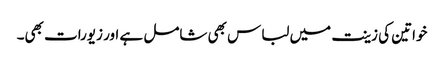
خواتین کی زینت میں لباس بھی شامل ہے اور زیورات بھی۔